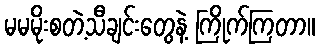
မမမိုးစတဲ့သီချင်းတွေနဲ့ ကြိုက်ကြတာ။